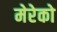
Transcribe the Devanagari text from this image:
मेरेको